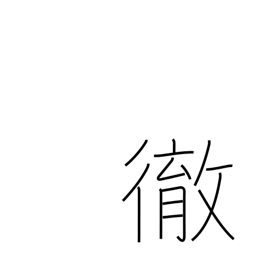
Meaning: pierce